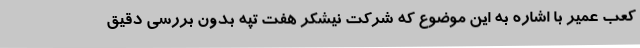
کعب عمیر با اشاره به این موضوع که شرکت نیشکر هفت تپه بدون بررسی دقیق